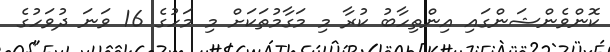
ކޮންވެންޝަންގައި އިންތިހާބު ކުރާ މި މަގާމުތަކަށް މި މަހުގެ 16 ވަނަ ދުވަހުގެ